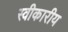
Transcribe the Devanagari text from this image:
स्वीकारीय